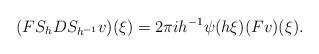
LaTeX: \begin{align*} ( F S _ h D S _ { h ^ { - 1 } } v ) ( \xi ) = 2 \pi i h ^ { - 1 } \psi ( h \xi ) ( F v ) ( \xi ) .\end{align*}